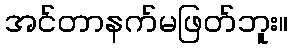
အင်တာနက်မဖြတ်ဘူး။